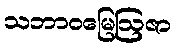
သဘာဝမြေဩဇာ